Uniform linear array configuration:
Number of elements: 16
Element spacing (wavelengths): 0.25
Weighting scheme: cosine
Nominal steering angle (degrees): -30
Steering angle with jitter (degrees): -29.425
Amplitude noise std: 0.05
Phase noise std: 0.05

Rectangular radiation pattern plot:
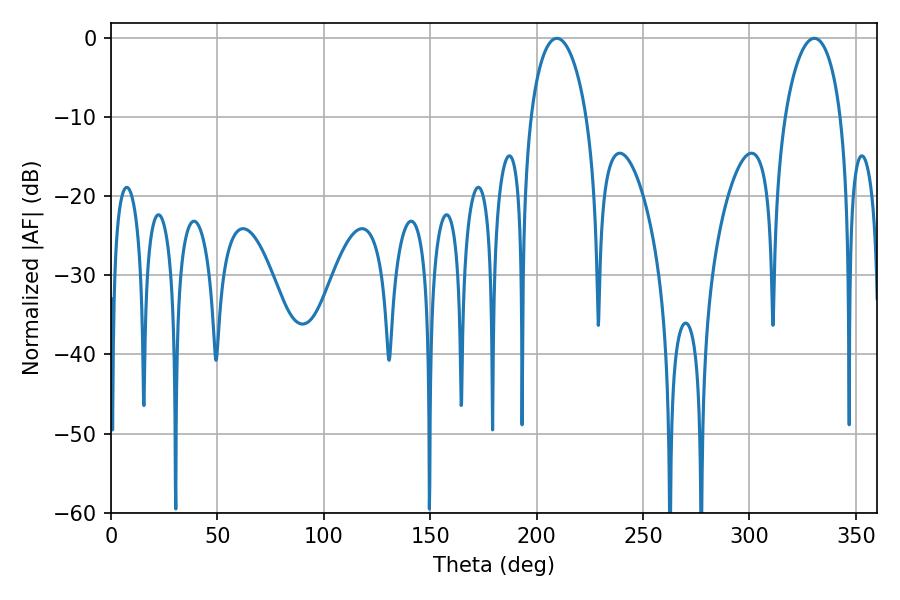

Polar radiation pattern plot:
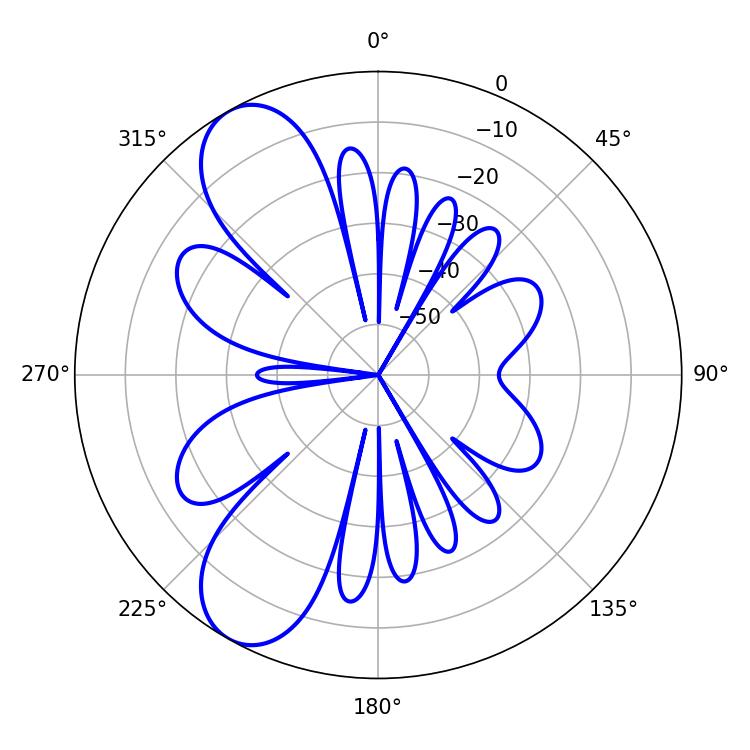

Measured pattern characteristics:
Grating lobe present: FALSE
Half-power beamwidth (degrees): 14.94
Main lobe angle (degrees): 209.52